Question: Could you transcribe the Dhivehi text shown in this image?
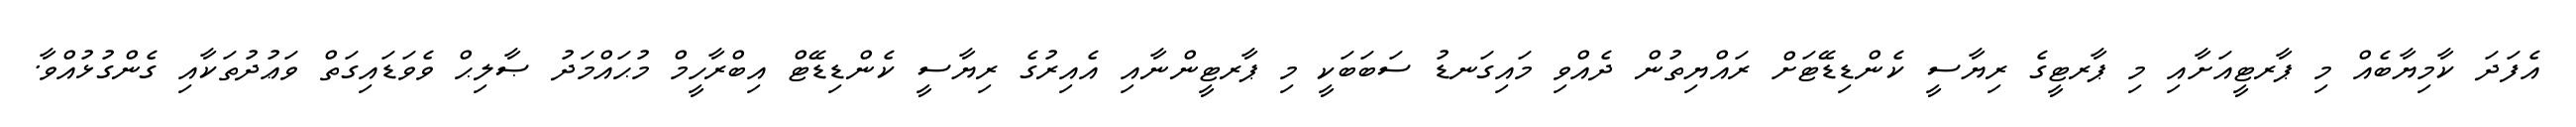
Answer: އެފަދަ ކާމިޔާބެއް މި ޕާރޓީއަށާއި މި ޕާރޓީގެ ރިޔާސީ ކެންޑިޑޭޓަށް ރައްޔިތުން ދެއްވި މައިގަނޑު ސަބަބަކީ މި ޕާރޓީންނާއި އެއިރުގެ ރިޔާސީ ކެންޑިޑޭޓް އިބްރާހީމް މުޙައްމަދު ޞާލިޙް ވެވަޑައިގަތް ވަޢުދުތަކާއި ގެންގުޅުއްވާ.